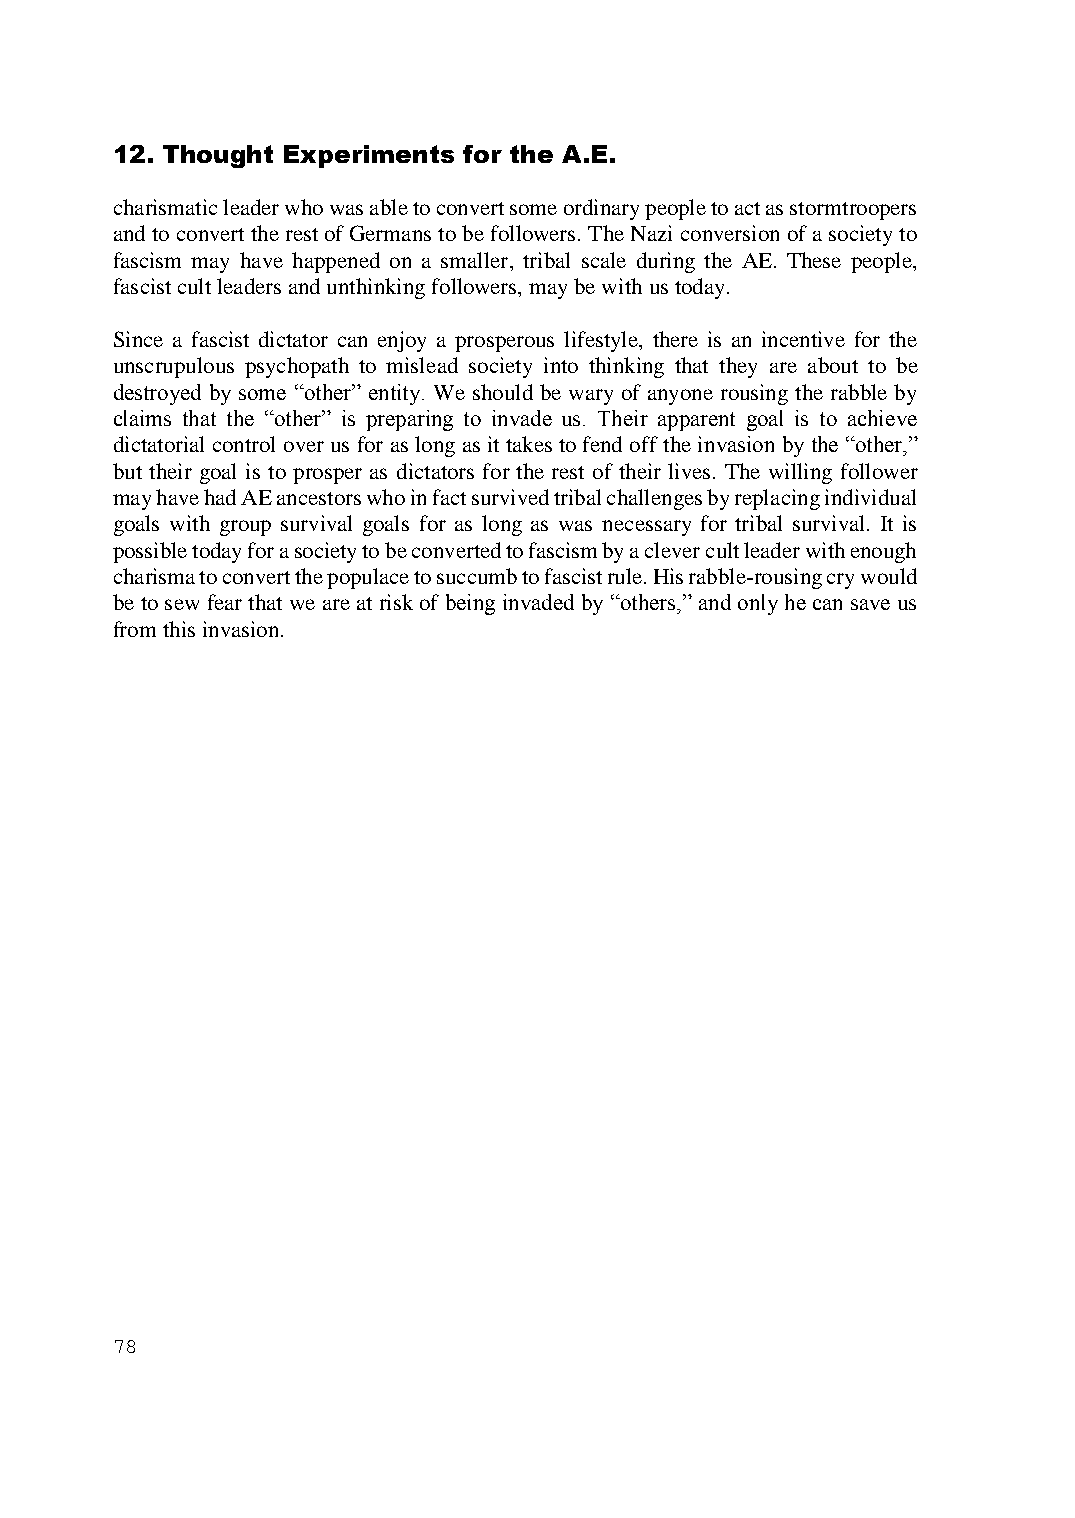
12. Thought Experiments for the A.E.
 charismatic leader who was able to convert some ordinary people to act as stormtroopers
 and to convert the rest of Germans to be followers. The Nazi conversion of a society to
 fascism may have happened on a smaller, tribal scale during the AE. These people,
 fascist cult leaders and unthinking followers, may be with us today.
 Since a fascist dictator can enjoy a prosperous lifestyle, there is an incentive for the
 unscrupulous psychopath to mislead society into thinking that they are about to be
 destroyed by some “other” entity. We should be wary of anyone rousing the rabble by
 claims that the “other” is preparing to invade us. Their apparent goal is to achieve
 dictatorial control over us for as long as it takes to fend off the invasion by the “other,”
 but their goal is to prosper as dictators for the rest of their lives. The willing follower
 may have had AE ancestors who in fact survived tribal challenges by replacing individual
 goals with group survival goals for as long as was necessary for tribal survival. It is
 possible today for a society to be converted to fascism by a clever cult leader with enough
 charisma to convert the populace to succumb to fascist rule. His rabble-rousing cry would
 be to sew fear that we are at risk of being invaded by “others,” and only he can save us
 from this invasion.
 78